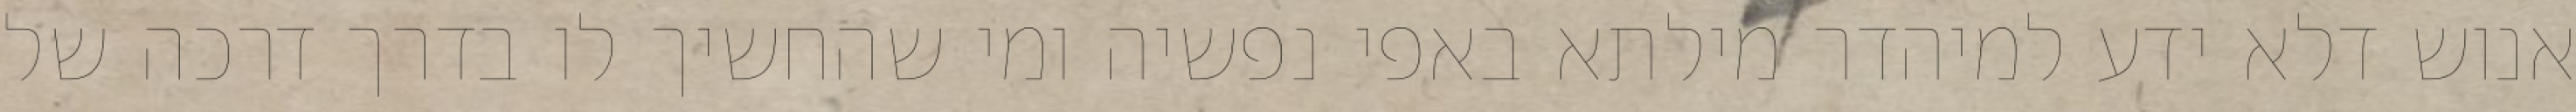
אנוש דלא ידע למיהדר מילתא באפי נפשיה ומי שהחשיך לו בדרך דרכה של